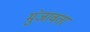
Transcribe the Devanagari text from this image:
मुंजावता